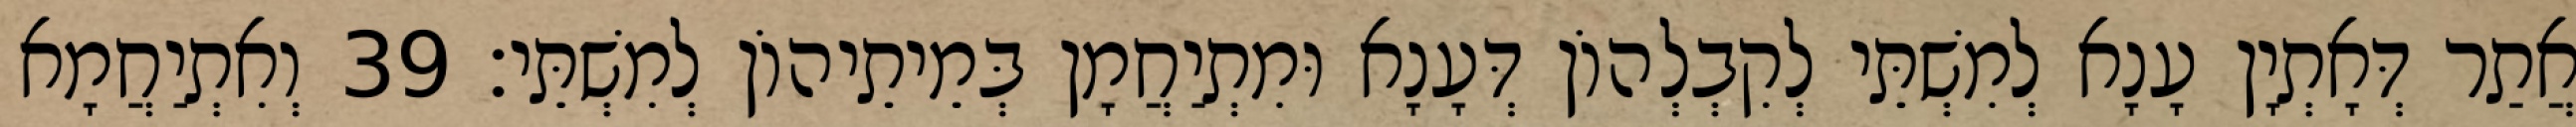
אֲתַר דְּאָתְיָן עָנָא לְמִשְׁתֵּי לְקִבְלְהוֹן דְּעָנָא וּמִתְיַחֲמָן בְּמֵיתֵיהוֹן לְמִשְׁתֵּי׃ 39 וְאִתְיַחֲמָא